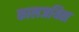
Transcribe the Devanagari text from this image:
कालजयिता